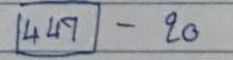
(447) - 20